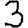
Digit: 3